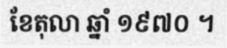
ខែតុលា ឆ្នាំ ១៩៧០ ។